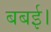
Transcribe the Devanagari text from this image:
बबई।